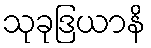
သုခုဒြယာနိ